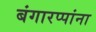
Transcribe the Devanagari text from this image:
बंगारप्पांना